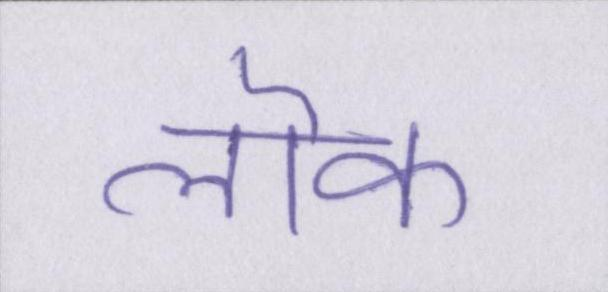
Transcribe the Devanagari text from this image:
लॊक